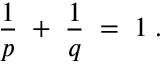
\frac { 1 } { p } \; + \; \frac { 1 } { q } \; = \; 1 \; .